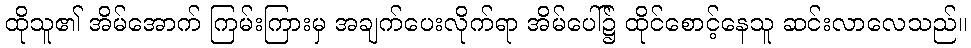
ထိုသူ၏ အိမ်အောက် ကြမ်းကြားမှ အချက်ပေးလိုက်ရာ အိမ်ပေါ်၌ ထိုင်စောင့်နေသူ ဆင်းလာလေသည်။